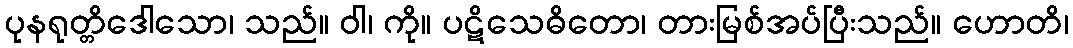
ပုနရုတ္တိဒေါသော၊ သည်။ ဝါ၊ ကို။ ပဋိသေဓိတော၊ တားမြစ်အပ်ပြီးသည်။ ဟောတိ၊